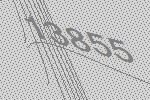
13855